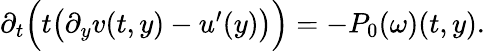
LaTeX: \begin{array}{r}{\partial_{t}\Big(t\big(\partial_{y}v(t,y)-u^{\prime}(y)\big)\Big)=-P_{0}(\omega)(t,y).}\end{array}